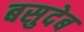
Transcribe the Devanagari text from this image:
बसुदेब